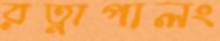
রত্নাপালং